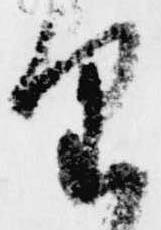
望